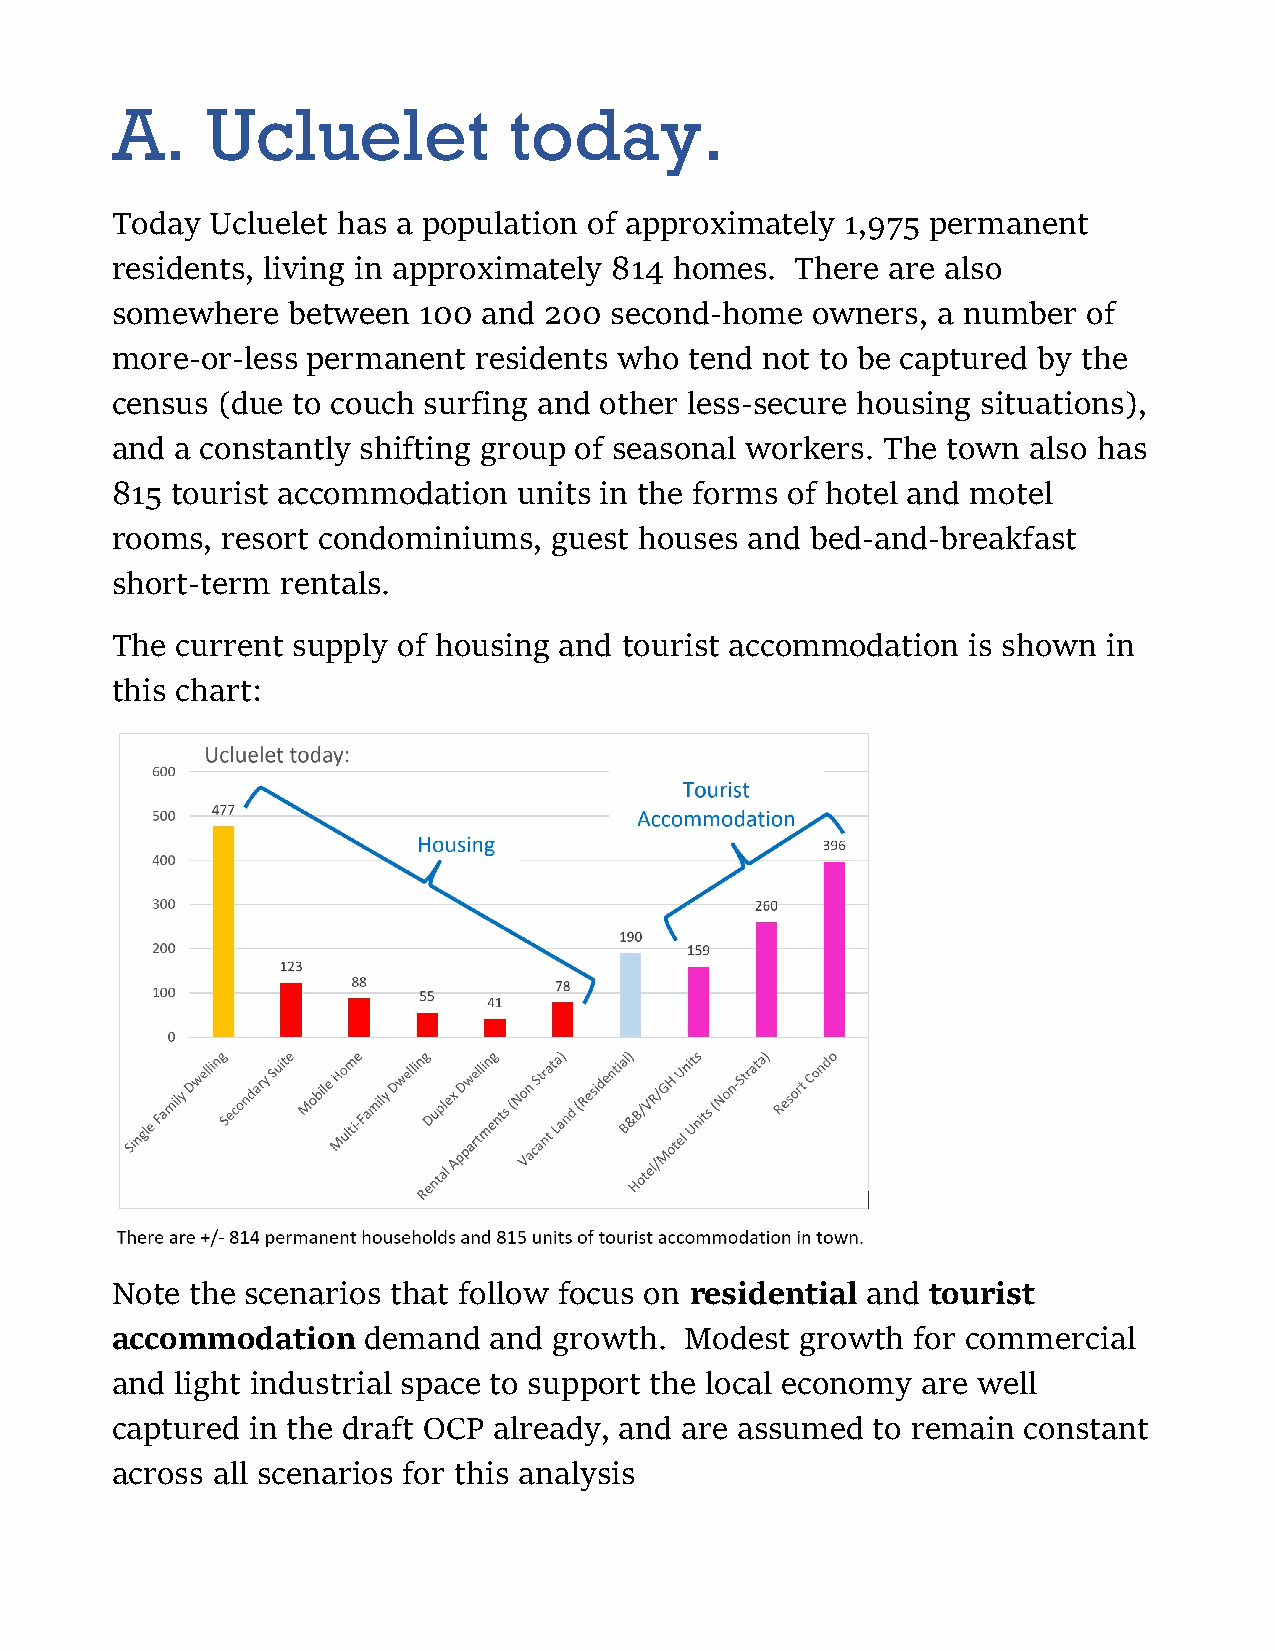
A.     Ucluelet            today.
 Today  Ucluelet has a population of approximately 1,975 permanent
 residents, living in approximately 814 homes. There are also
 somewhere   between  100 and 200 second-home   owners, a number  of
 more-or-less permanent  residents who  tend not to be captured by the
 census (due to couch surfing and other less-secure housing situations),
 and  a constantly shifting group of seasonal workers. The town also has
 815 tourist accommodation  units in the forms of hotel and motel
 rooms,  resort condominiums,  guest houses and bed-and-breakfast
 short-term  rentals.
 The  current supply of housing and tourist accommodation is shown in
 this chart:
 Note  the scenarios that follow focus on residential and tourist
 accommodation    demand  and  growth. Modest  growth  for commercial
 and  light industrial space to support the local economy are well
 captured  in the draft OCP already, and are assumed to remain constant
 across all scenarios for this analysis